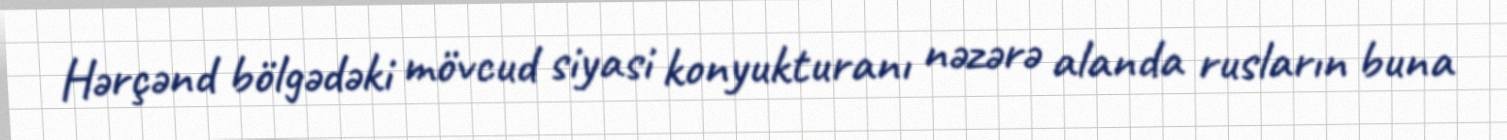
Hərçənd bölgədəki mövcud siyasi konyukturanı nəzərə alanda rusların buna